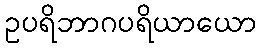
ဥပရိဘာဂပရိယာယော